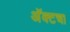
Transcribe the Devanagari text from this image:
अॅक्टचा